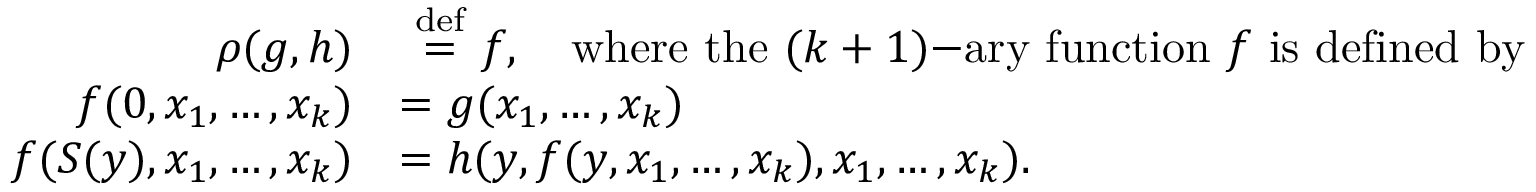
{ \begin{array} { r l } { \rho ( g , h ) } & { \ { \stackrel { \mathrm { d e f } } { = } } \ f , \quad { \mathrm { w h e r e ~ t h e ~ } } ( k + 1 ) { \mathrm { - a r y ~ f u n c t i o n ~ } } f { \mathrm { ~ i s ~ d e f i n e d ~ b y } } } \\ { f ( 0 , x _ { 1 } , \ldots , x _ { k } ) } & { = g ( x _ { 1 } , \ldots , x _ { k } ) } \\ { f ( S ( y ) , x _ { 1 } , \ldots , x _ { k } ) } & { = h ( y , f ( y , x _ { 1 } , \ldots , x _ { k } ) , x _ { 1 } , \ldots , x _ { k } ) . } \end{array} }